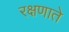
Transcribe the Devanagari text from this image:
रक्षणाते